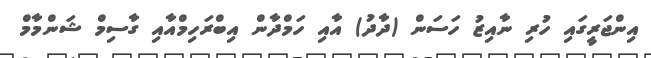
އިންޖަރީގައި ހުރި ނާއިޒު ހަސަން (ދާދު) އާއި ހަމްދާން އިބްރަހިމްއާއި ގާސިމް ޝަންމާމް